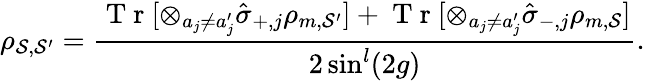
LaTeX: \rho_{\mathcal{S},\mathcal{S}^{\prime}}=\frac{\mathrm{~T~r~}[\otimes_{a_{j}\neq a_{j}^{\prime}}\hat{\sigma}_{+,j}\rho_{m,\mathcal{S}^{\prime}}]+\mathrm{~T~r~}[\otimes_{a_{j}\neq a_{j}^{\prime}}\hat{\sigma}_{-,j}\rho_{m,\mathcal{S}}]}{2\sin^{l}(2g)}.